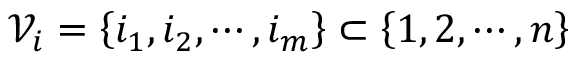
\mathcal { V } _ { i } = \left\{ i _ { 1 } , i _ { 2 } , \cdots , i _ { m } \right\} \subset \left\{ 1 , 2 , \cdots , n \right\}